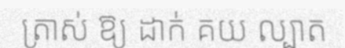
ត្រាស់ ឱ្យ ដាក់ គយ ល្បាត